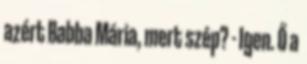
azért Babba Mária, mert szép? - Igen. Ő a